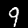
Digit: 9